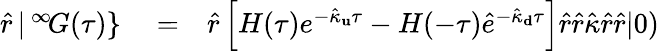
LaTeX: \begin{array}{rlr}{\hat{r}\, |\, ^{\infty}\! G(\tau)\} }&{{}=}&{\hat{r}\left[H(\tau)e^{-\hat{\kappa}_{\mathbf u}\tau}-H(-\tau)\hat{e}^{-\hat{\kappa}_{\mathbf d}\tau}\right]\hat{r}\hat{r}\hat{\kappa}\hat{r}\hat{r}|0)}\end{array}